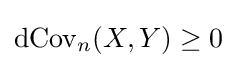
\operatorname {dCov} _{n}(X,Y)\geq 0